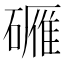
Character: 𬒡